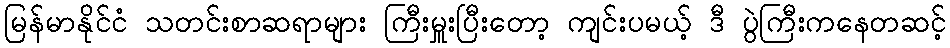
မြန်မာနိုင်ငံ သတင်းစာဆရာများ ကြီးမှူးပြီးတော့ ကျင်းပမယ့် ဒီ ပွဲကြီးကနေတဆင့်